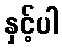
နှင့်ပါ